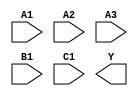
module sky130_fd_sc_hs__a311oi (
    //# {{data|Data Signals}}
    input  A1,
    input  A2,
    input  A3,
    input  B1,
    input  C1,
    output Y
);

    // Voltage supply signals
    supply1 VPWR;
    supply0 VGND;

endmodule